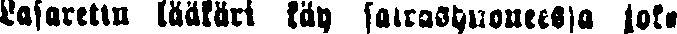
Lasaretin lääkäri käy sairashuoneessa joka